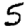
Digit: 5